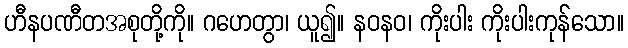
ဟီနပဏီတအစုတို့ကို။ ဂဟေတွာ၊ ယူ၍။ နဝနဝ၊ ကိုးပါး ကိုးပါးကုန်သော။